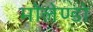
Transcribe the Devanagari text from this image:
मोलेण्डो